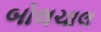
બોલચાલ